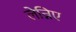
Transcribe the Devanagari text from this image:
लेन्निए